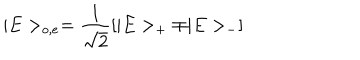
| E > _ { o , e } = \frac { 1 } { \sqrt 2 } [ | E > _ { + } \mp | E > _ { - } ]